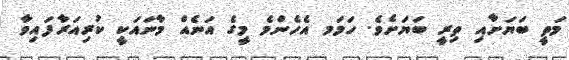
މަތީ ބަޔަށާއި ތިރީ ބަޔަށެވެ. ހަމަމ އެހެންމެ މީގެ އަނެއް މާނައަކީ ކުރިއަރާފައިވާ